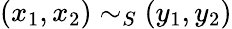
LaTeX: (x_{1},x_{2})\sim_{S}(y_{1},y_{2})